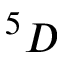
^ 5 D